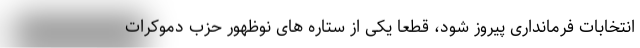
انتخابات فرمانداری پیروز شود، قطعا یکی از ستاره های نوظهور حزب دموکرات